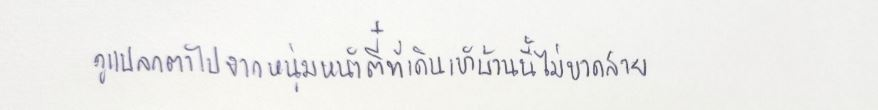
ดูแปลกตาไปจากหนุ่มหน้าตี๋ที่เดินเข้าบ้านนี้ไม่ขาดสาย